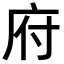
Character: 府